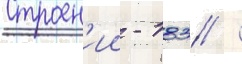
Строен'ии - 183 /